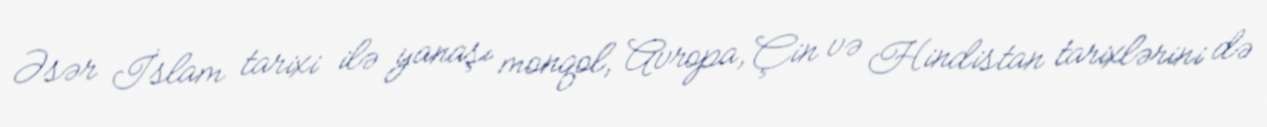
Əsər İslam tarixi ilə yanaşı monqol, Avropa, Çin və Hindistan tarixlərini də